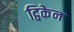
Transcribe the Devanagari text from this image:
ट्विकेन